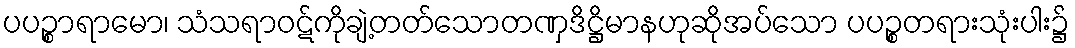
ပပဉ္စာရာမော၊ သံသရာဝဋ်ကိုချဲ့တတ်သောတဏှဒိဋ္ဌိမာနဟုဆိုအပ်သော ပပဉ္စတရားသုံးပါး၌